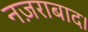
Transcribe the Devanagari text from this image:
नज़राबाद।